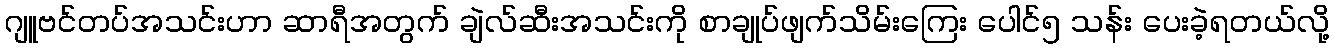
ဂျူဗင်တပ်အသင်းဟာ ဆာရီအတွက် ချဲလ်ဆီးအသင်းကို စာချုပ်ဖျက်သိမ်းကြေး ပေါင်၅ သန်း ပေးခဲ့ရတယ်လို့